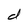
Character: d